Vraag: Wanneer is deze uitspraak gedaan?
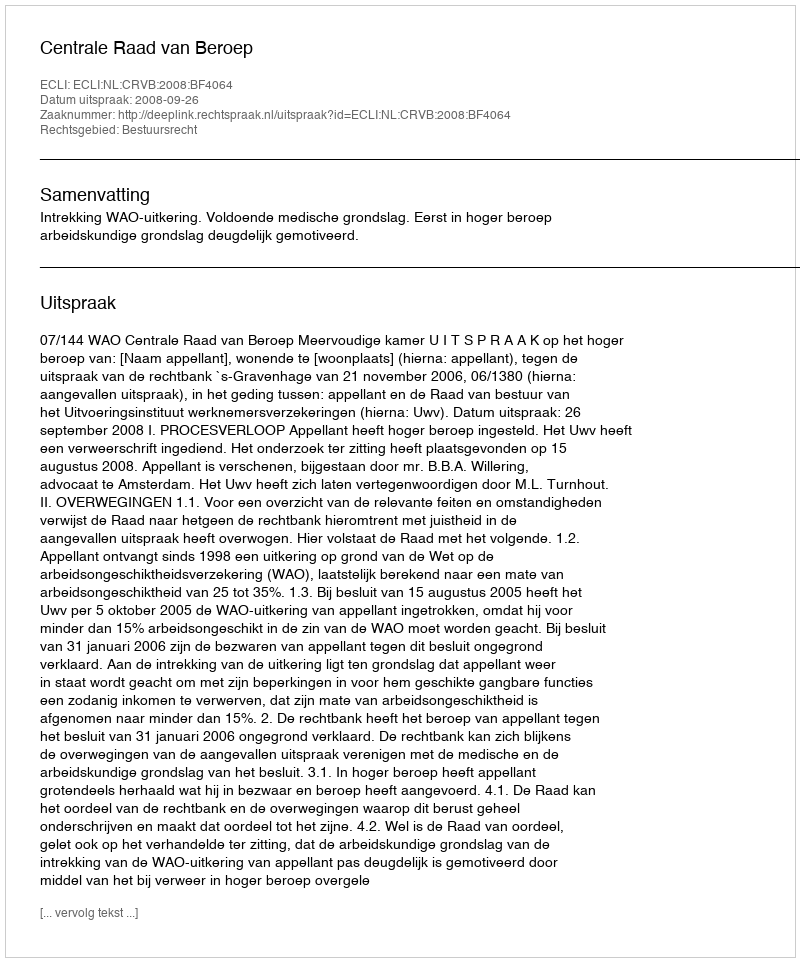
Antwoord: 2008-09-26